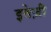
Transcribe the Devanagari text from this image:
इतेज़ी